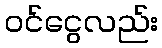
ဝင်ငွေလည်း